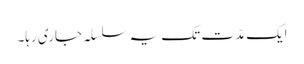
ایک مدّت تک یہ سلسلہ جاری رہا۔